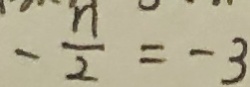
- \frac { n } { 2 } = - 3